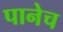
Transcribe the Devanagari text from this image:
पानेच